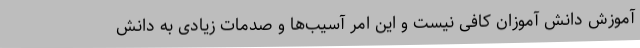
آموزش دانش آموزان کافی نیست و این امر آسیب‌ها و صدمات زیادی به دانش